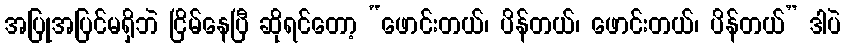
အပြုအပြင်မရှိဘဲ ငြိမ်နေပြီ ဆိုရင်တော့ “ဖောင်းတယ်၊ ပိန်တယ်၊ ဖောင်းတယ်၊ ပိန်တယ်” ဒါပဲ